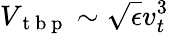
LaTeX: V_{\mathrm{~t~b~p~}}\sim\sqrt{\epsilon}v_{t}^{3}